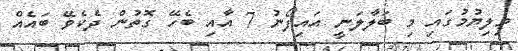
މިލިޔުމުގައި މި ބަލާލަނީ އައިފޯނު 7 އާއި ބެހޭ ގޮތުން ދެކެވޭ ބައެއް